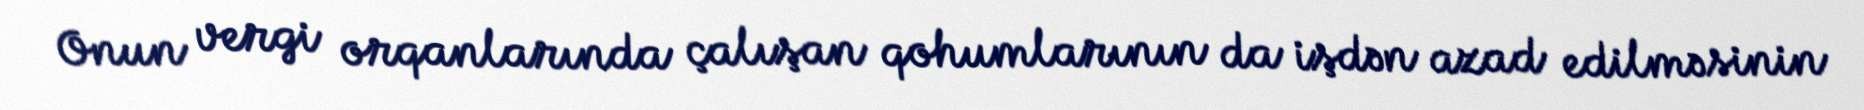
Onun vergi orqanlarında çalışan qohumlarının da işdən azad edilməsinin